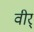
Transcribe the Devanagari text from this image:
वीर्